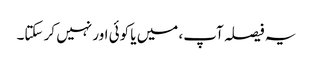
یہ فیصلہ آپ، میں یا کوئی اور نہیں کر سکتا۔